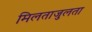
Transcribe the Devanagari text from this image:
मिलताजुलता